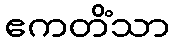
ဧကတိံသာ